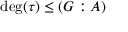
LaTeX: \deg ( \tau ) \leq ( G : A )